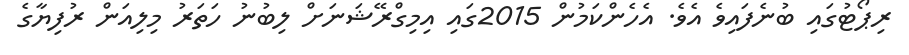
ރިޕޯޓުގައި ބުނެފައިވެ އެވެ. އެހެންކަމުން 2015ގައި އިމިގްރޭޝަނަށް ލިބުނު ހަތަރު މިލިއަން ރުފިޔާގެ